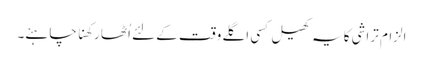
الزام تراشی کا یہ کھیل کسی اگلے وقت کے لئے اُٹھا رکھنا چاہئے۔